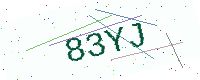
Text: 83YJ